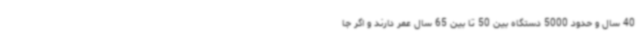
40 سال و حدود 5000 دستگاه بین 50 تا بین 65 سال عمر دارند و اگر جا